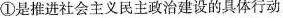
①是推进社会主义民主政治建设的具体行动